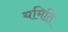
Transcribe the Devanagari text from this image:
यमिति